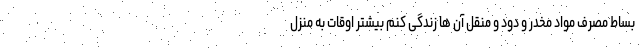
بساط مصرف مواد مخدر و دود و منقل آن ها زندگی کنم بیشتر اوقات به منزل